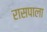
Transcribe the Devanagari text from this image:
रासपाला